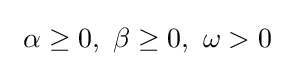
~\alpha \geq 0,~\beta \geq 0,~\omega >0